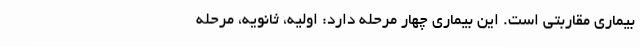
بیماری مقاربتی است. این بیماری چهار مرحله دارد: اولیه، ثانویه، مرحله